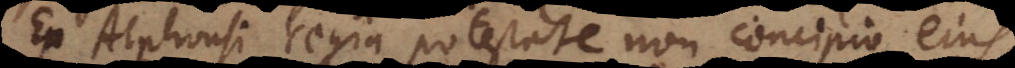
Ex Alphonsi regia potestate non concipio ejus